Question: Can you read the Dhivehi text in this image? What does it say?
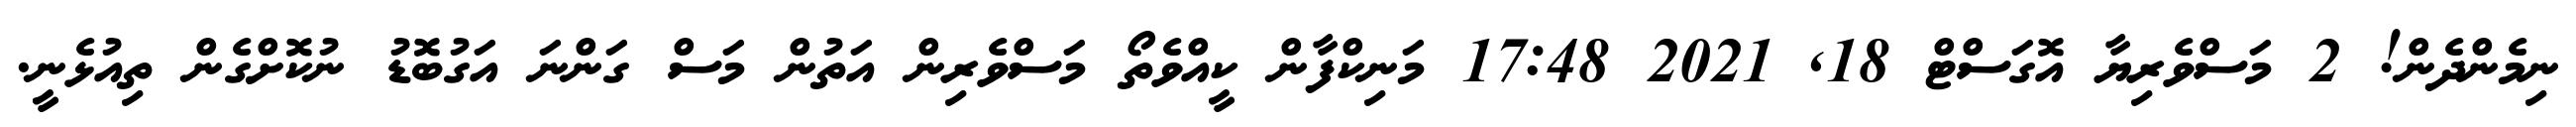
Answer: ނިމެންދެން! 2 މަސްވެރިޔާ އޮގަސްޓް 18, 2021 17:48 މަނިކްފާން ކީއްވެތޯ މަސްވެރިން އަތުން މަސް ގަންނަ އަގުބޮޑު ނުކޮށްގެން ތިއުޅެނީ.